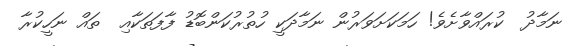
ނަމާދު  ކުރައްވާށެވެ! ހަމަކަށަވަރުން ނަމާދަކީ ހުތުރުކަންބޮޑު ފާފަތަކާއި  ތައް ނަހީކުރާ